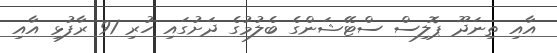
އާއި ތިނަދޫ ޕޮލިސް ސްޓޭޝަންގެ ބެލުމުގެ ދަށުގައި ހުރި 91 ރާފުޅި އާއި